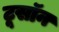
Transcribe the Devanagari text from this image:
टूसॉन